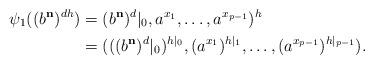
LaTeX: \begin{align*}\psi_1((b^{\mathbf{n}})^{dh}) &= (b^{\mathbf{n}})^d|_0, a^{x_1}, \dots, a^{x_{p-1}})^{h}\\&= (((b^{\mathbf{n}})^{d}|_0)^{h|_0}, (a^{x_1})^{h|_1}, \dots, (a^{x_{p-1}})^{h|_{p-1}}).\end{align*}